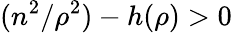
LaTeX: (n^{2}/\rho^{2})-h(\rho)>0